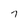
Character: 7